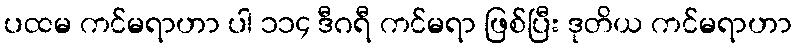
ပထမ ကင်မရာဟာ ပါ ၁၁၄ ဒီဂရီ ကင်မရာ ဖြစ်ပြီး ဒုတိယ ကင်မရာဟာ